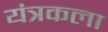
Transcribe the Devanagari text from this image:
यंत्रकला